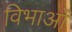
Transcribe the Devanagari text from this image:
विभाओं